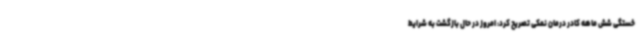
خستگی شش ماهه کادر درمان نمکی تصریح کرد: امروز در حال بازگشت به شرایط